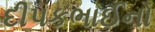
દીપકભાઈનો